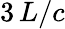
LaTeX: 3\, L/c